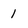
Character: 1